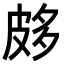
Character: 𤿦